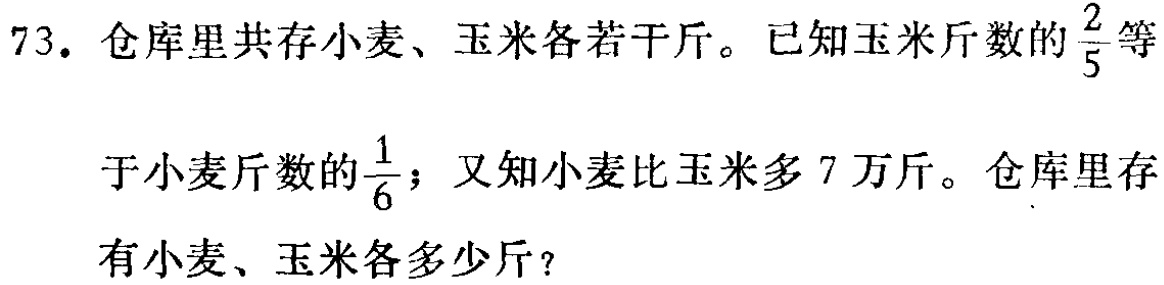
73. 仓库里共存小麦、玉米各若干斤。已知玉米斤数的$\frac{2}{5}$等

于小麦斤数的$\frac{1}{6}$；又知小麦比玉米多 7 万斤。仓库里存

有小麦、玉米各多少斤？